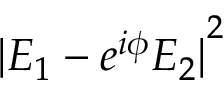
{ | E _ { 1 } - e ^ { i \phi } E _ { 2 } | } ^ { 2 }